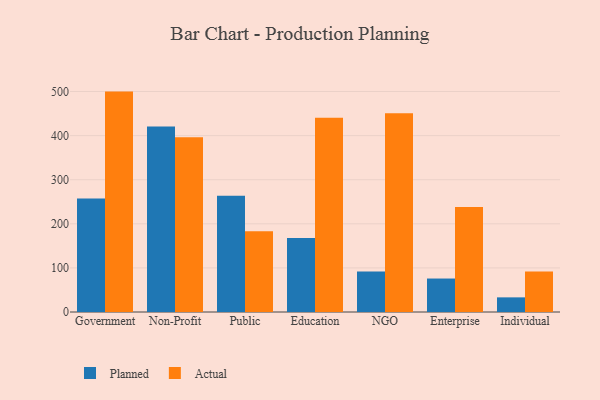
{"axis": {"x": "Segment", "y": "Backlog"}, "legend": ["Actual", "Planned"], "data": [{"x": "Government", "y": 257.6, "type": "Planned"}, {"x": "Government", "y": 499.8, "type": "Actual"}, {"x": "Non-Profit", "y": 420.4, "type": "Planned"}, {"x": "Non-Profit", "y": 396.3, "type": "Actual"}, {"x": "Public", "y": 263.6, "type": "Planned"}, {"x": "Public", "y": 183.1, "type": "Actual"}, {"x": "Education", "y": 167.7, "type": "Planned"}, {"x": "Education", "y": 440.3, "type": "Actual"}, {"x": "NGO", "y": 91.6, "type": "Planned"}, {"x": "NGO", "y": 450.7, "type": "Actual"}, {"x": "Enterprise", "y": 75.9, "type": "Planned"}, {"x": "Enterprise", "y": 238.3, "type": "Actual"}, {"x": "Individual", "y": 33.2, "type": "Planned"}, {"x": "Individual", "y": 92.1, "type": "Actual"}]}